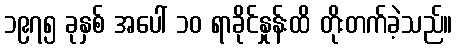
၁၉၇၅ ခုနှစ် အပေါ် ၁၀ ရာခိုင်နှုန်းထိ တိုးတက်ခဲ့သည်။